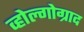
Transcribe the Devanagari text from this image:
व्होल्गोग्राद